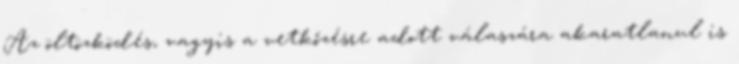
Az öltözködés, vagyis a vetkőzésre adott válaszára akaratlanul is